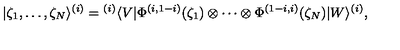
| \zeta _ { 1 } , \ldots , \zeta _ { N } \rangle ^ { ( i ) } = { } ^ { ( i ) } \langle V | \Phi ^ { ( i , 1 - i ) } ( \zeta _ { 1 } ) \otimes \cdots \otimes \Phi ^ { ( 1 - i , i ) } ( \zeta _ { N } ) | W \rangle ^ { ( i ) } ,